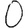
Digit: 0